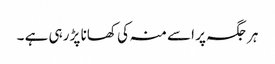
ہر جگہ پر اسے منہ کی کھانا پڑ رہی ہے ۔